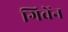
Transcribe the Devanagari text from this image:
गिवेंन